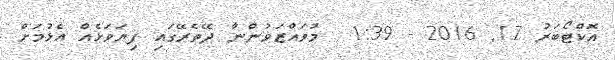
އޮކްޓޯބަރު 17